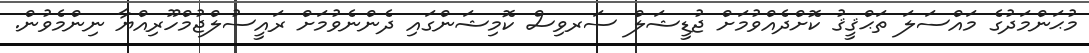
މުޙަންމަދުގެ މައްސަލަ ތަޙްޤީޤު ކޮށްދެއްވުމަށް ޖުޑީޝަލް ސަރވިސް ކޮމިޝަންގައި ދެންނެވުމަށް ރައީސުލްޖުމްހޫރިއްޔާ ނިންމެވުން.